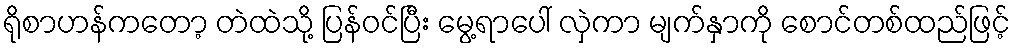
ရိုစာဟန်ကတော့ တဲထဲသို့ ပြန်ဝင်ပြီး မွေ့ရာပေါ် လှဲကာ မျက်နှာကို စောင်တစ်ထည်ဖြင့်